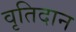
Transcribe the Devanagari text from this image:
वृतिदान